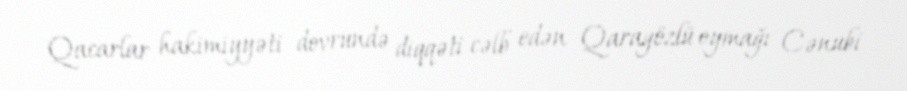
Qacarlar hakimiyyəti dovrundə diqqəti cəlb edən Qaragözlü oymağı Cənubi